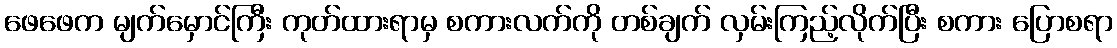
ဖေဖေက မျက်မှောင်ကြီး ကုတ်ထားရာမှ စကားလက်ကို တစ်ချက် လှမ်းကြည့်လိုက်ပြီး စကား ပြောစရာ